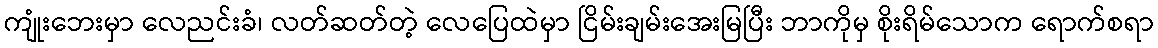
ကျုံးဘေးမှာ လေညင်းခံ၊ လတ်ဆတ်တဲ့ လေပြေထဲမှာ ငြိမ်းချမ်းအေးမြပြီး ဘာကိုမှ စိုးရိမ်သောက ရောက်စရာ